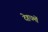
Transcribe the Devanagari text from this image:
देहधर्मों